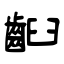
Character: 齨